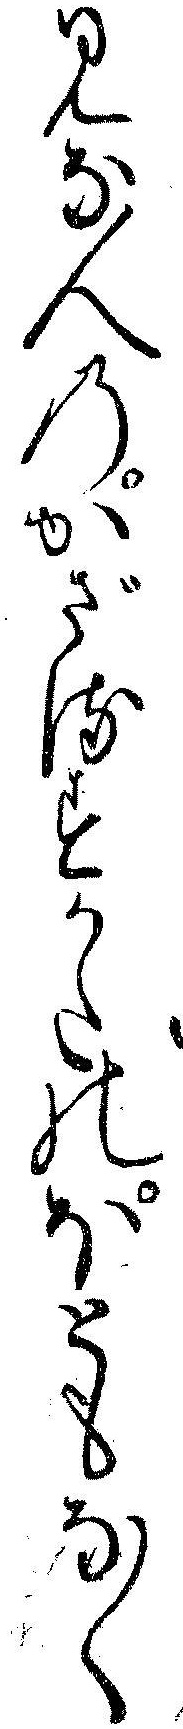
みな人のかざるすかたのほともなく